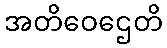
အတိဝေဌေတိ